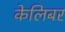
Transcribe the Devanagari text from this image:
केलिबर